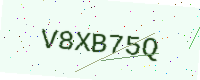
Text: V8XB75Q